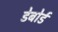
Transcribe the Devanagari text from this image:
डेबोर्ड